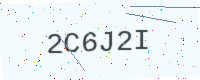
Text: 2C6J2I